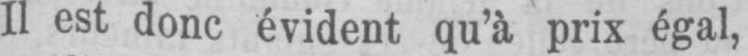
Il est donc évident qu’à prix égal,